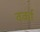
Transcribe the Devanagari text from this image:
वर्का